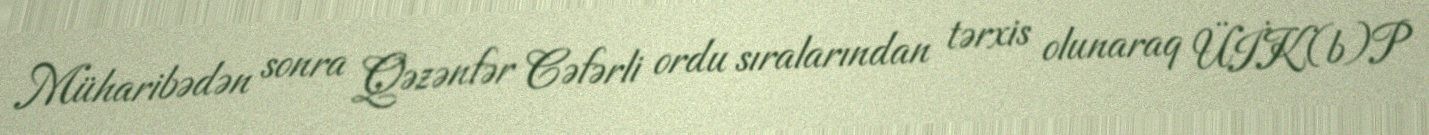
Müharibədən sonra Qəzənfər Cəfərli ordu sıralarından tərxis olunaraq ÜİK(b)P